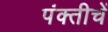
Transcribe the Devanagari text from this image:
पंक्तीचें